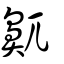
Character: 鼿